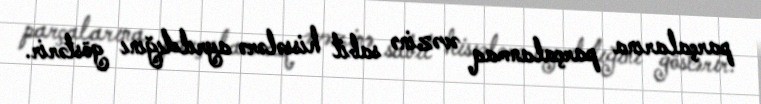
parçalarına parçalanmaq əvəzinə sabit hissələrə ayrıldığını göstərir.